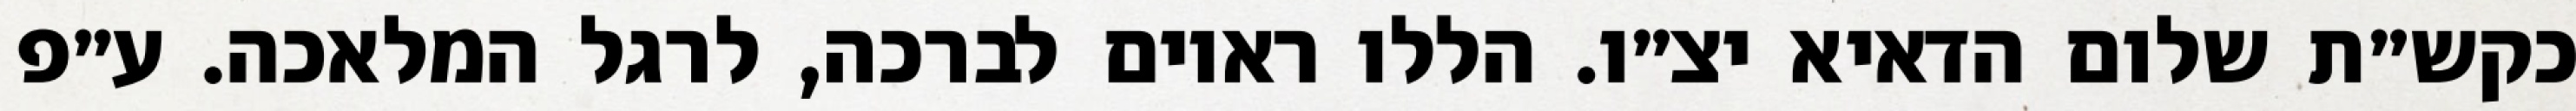
כקש״ת שלום הדאיא יצ״ו. הללו ראוים לברכה, לרגל המלאכה. ע״פ